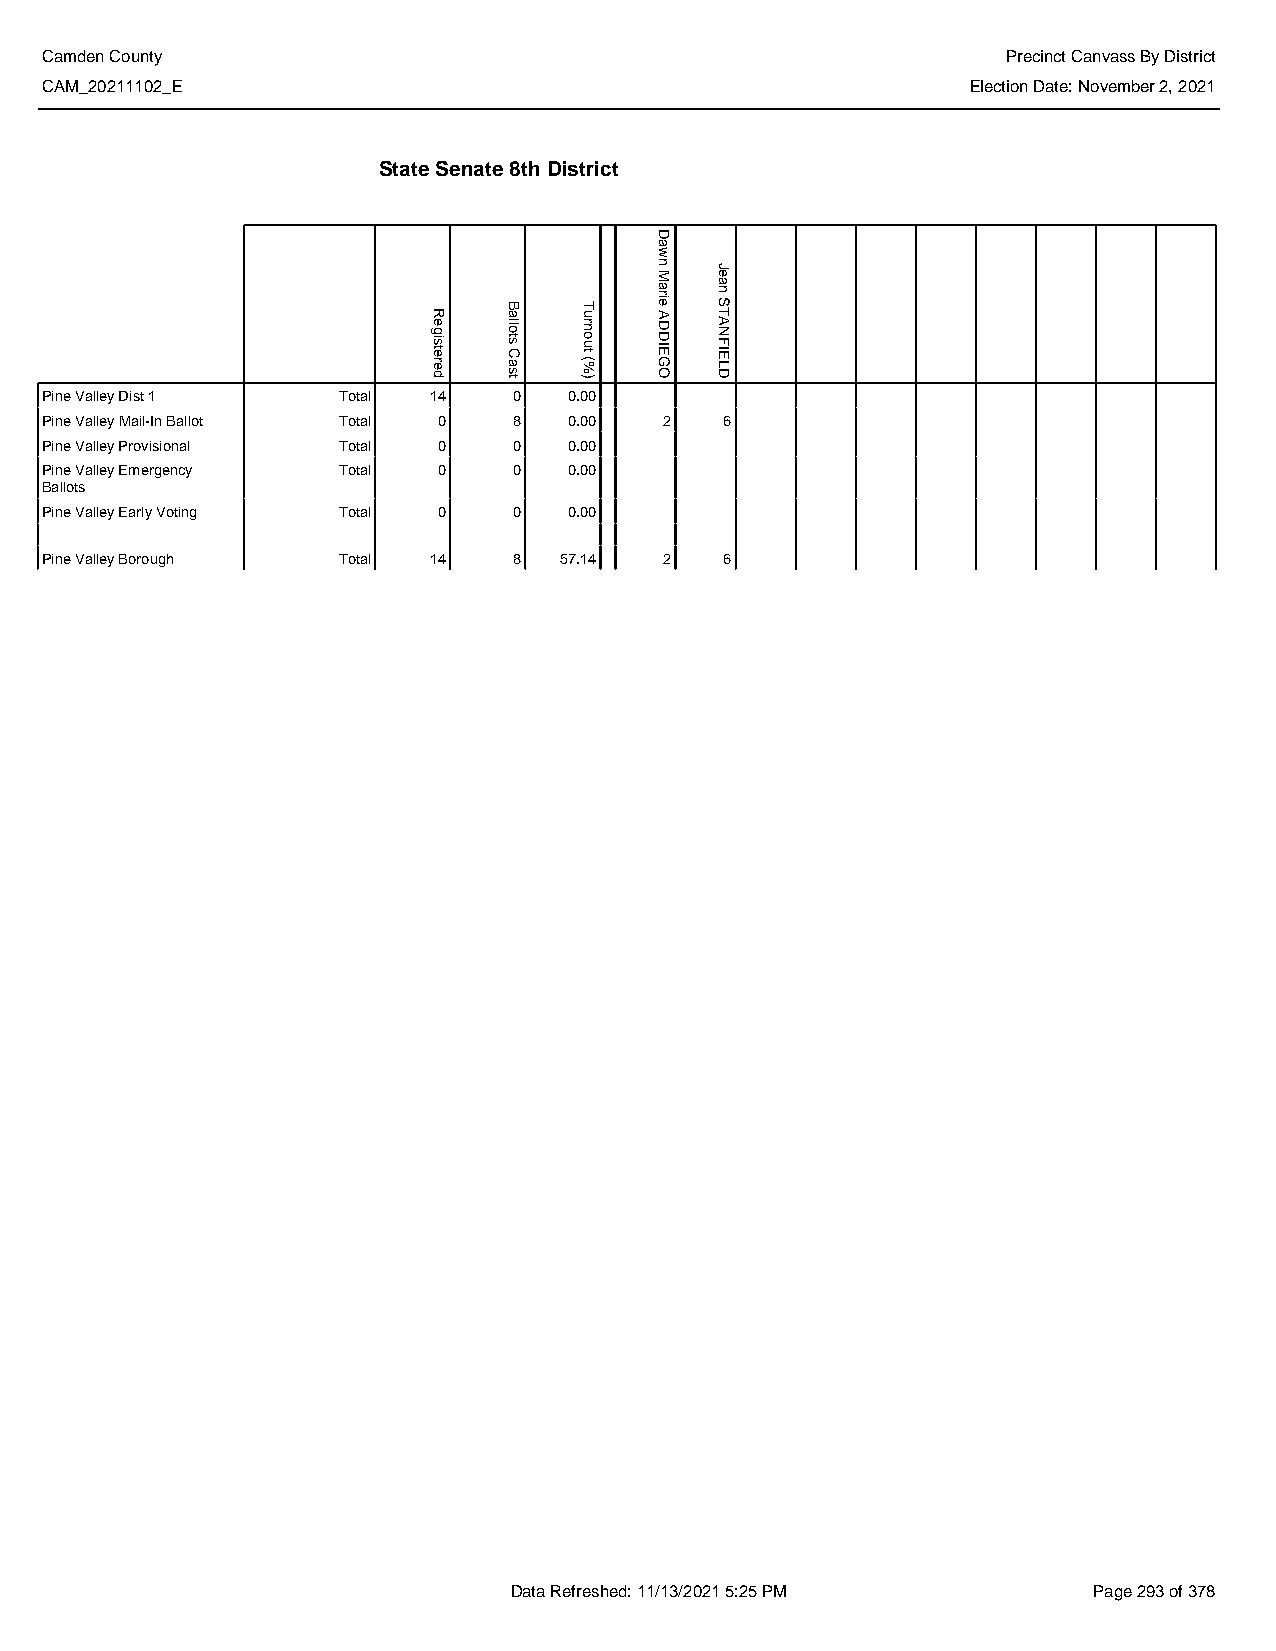
Camden County                                                   Precinct Canvass By District
 CAM_20211102_E                                               Election Date: November 2, 2021
 State Senate 8th District
 Pine Valley Dist 1 Total 14    0   0.00
 Pine Valley Mail-In Ballot Total 0 8 0.00 2  6
 Pine Valley Provisional Total 0 0  0.00
 Pine Valley Emergency Total 0  0   0.00
 Ballots
 Pine Valley Early Voting Total 0 0 0.00
 Pine Valley Borough Total 14   8  57.14  2   6
 Data Refreshed: 11/13/2021 5:25 PM    Page 293 of 378
 Registered
 Ballots
 Cast
 Turnout
 (%)
 Dawn
 Marie
 ADDIEGO
 Jean
 STANFIELD